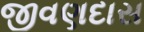
જીવણદાસ